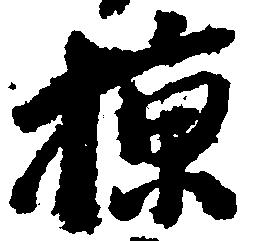
掠